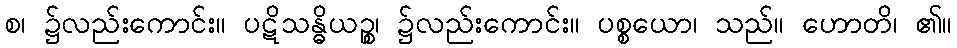
စ၊ ၌လည်းကောင်း။ ပဋိသန္ဓိယဉ္စ၊ ၌လည်းကောင်း။ ပစ္စယော၊ သည်။ ဟောတိ၊ ၏။